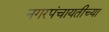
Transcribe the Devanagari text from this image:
नगरपंचायतीच्या